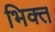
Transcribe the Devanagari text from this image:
भिक्त